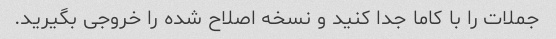
جملات را با کاما جدا کنید و نسخه اصلاح شده را خروجی بگیرید.